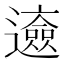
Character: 𨘰